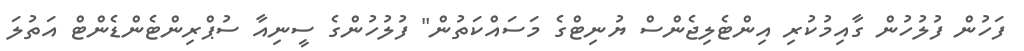
ފަހުން ފުލުހުން ގާއިމުކުރި އިންޓެލިޖެންސް ޔުނިޓްގެ މަސައްކަތުން" ފުލުހުންގެ ސީނިއާ ސުޕްރިންޓެންޑެންޓް އަތުލަ